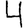
Digit: 4